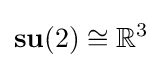
\mathbf {su} (2)\cong \mathbb {R} ^{3}